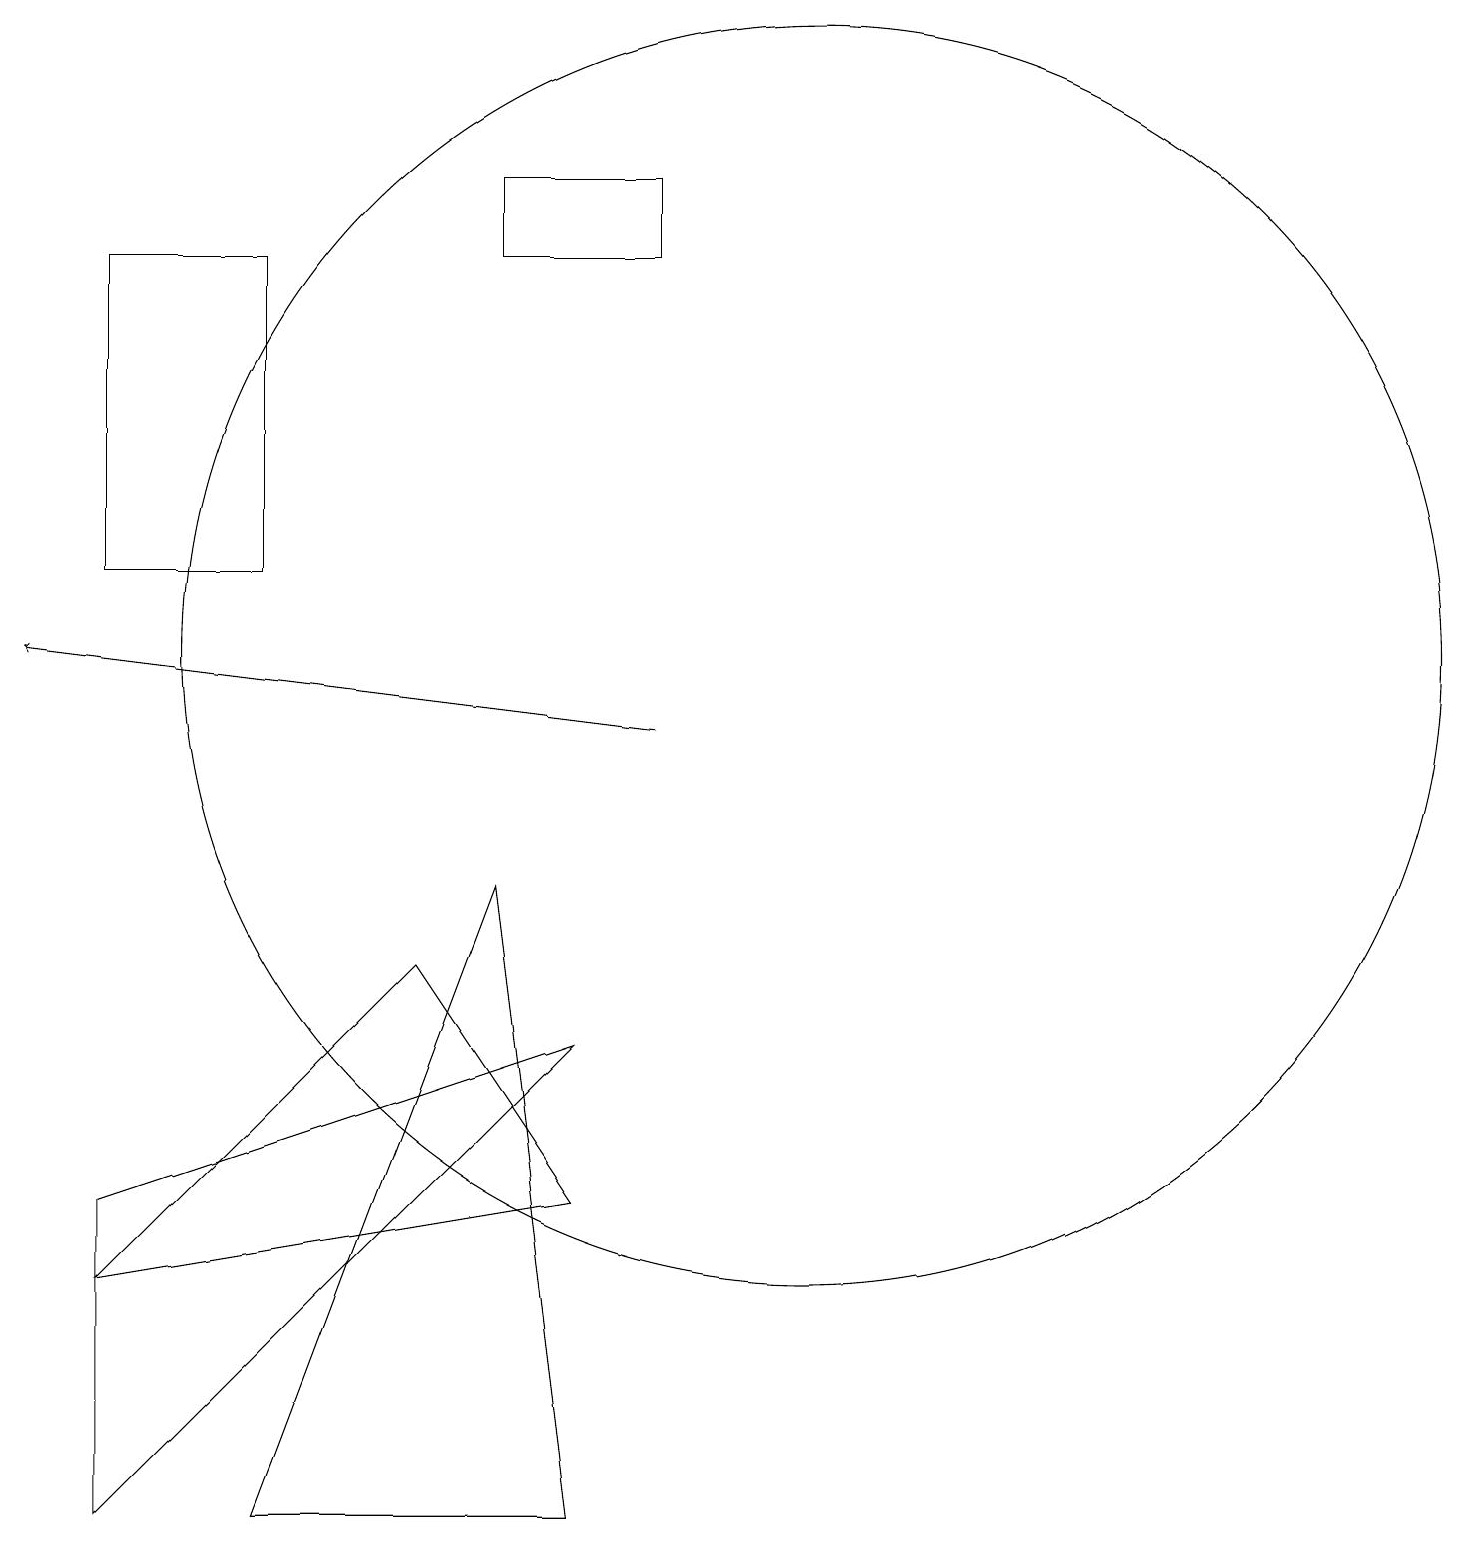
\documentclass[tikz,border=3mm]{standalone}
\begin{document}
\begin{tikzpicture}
\draw[->] (9,10) -- (1,11);
\draw (9,17) rectangle (7,16);
\draw (11,11) circle (8);
\draw (2,12) rectangle (4,16);
\draw (2,4) -- (8,6) -- (2,0) -- cycle;
\draw (8,0) -- (7,8) -- (4,0) -- cycle;
\draw (8,4) -- (2,3) -- (6,7) -- cycle;
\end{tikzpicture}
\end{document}